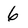
Character: 6